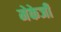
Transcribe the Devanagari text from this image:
मेकेजी